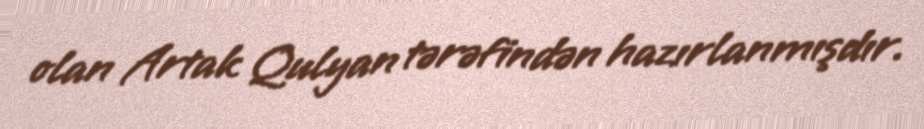
olan Artak Qulyan tərəfindən hazırlanmışdır.